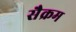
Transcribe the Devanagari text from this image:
सैक्रम